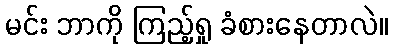
မင်း ဘာကို ကြည့်ရှု ခံစားနေတာလဲ။